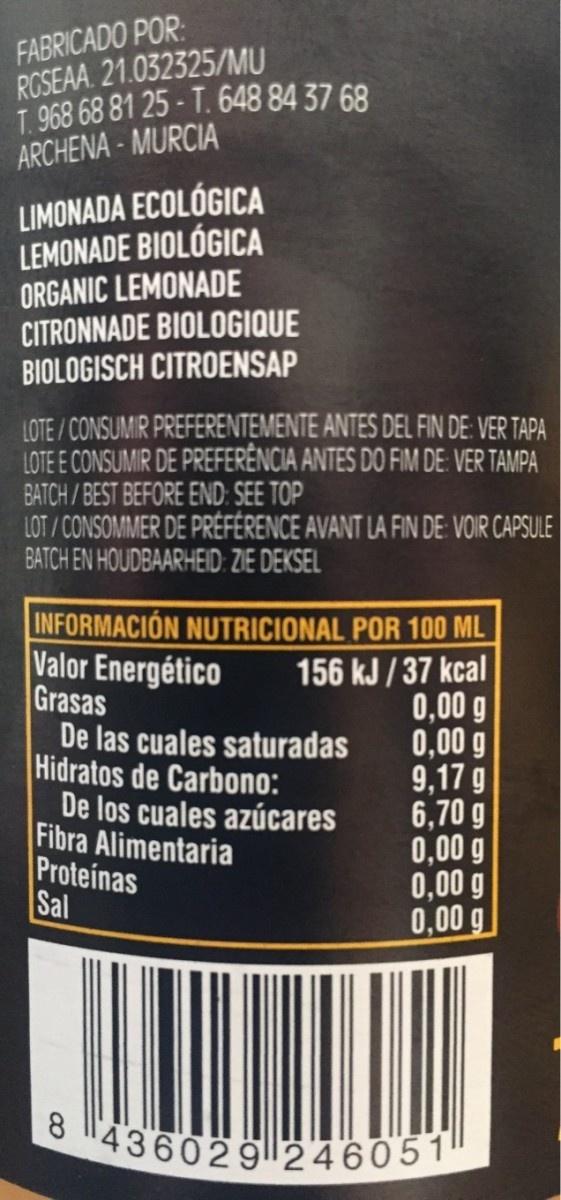
FABRICADO POR: RCSEAA. 21.032325/MU T.968 68 81 25 - T. 648 84 37 68 ARCHENA - MURCIA LIMONADA ECOLÓGICA LEMONADE BIOLÓGICA ORGANIC LEMONADE CITRONNADE BIOLOGIQUE BIOLOGISCH CITROENSAP LOTE / CONSUMIR PREFERENTEMENTE ANTES DEL FIN DE: VER TAPA LOTE E CONSUMIR DE PREFERÊNCIA ANTES DO FIM DE: VER TAMPA BATCH/ BEST BEFORE END: SEE TOP LOT / CONSOMMER DE PRÉFÉRENCE AVANT LA FIN DE VOIR CAPSULE BATCH EN HOUDBAARHEID: ZIE DEKSEL INFORMACIÓN NUTRICIONAL POR 100 ML Valor Energético Grasas De las cuales saturadas Hidratos de Carbono: De los cuales azúcares Fibra Alimentaria Proteinas Sal 156 kJ /37 kcal 0,00 g 0,00 g 9,17 g 6,70 g 0,00 g 0,00 g 0,00 g O "436029|l246051